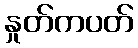
နှုတ်ကပတ်